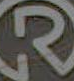
R